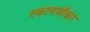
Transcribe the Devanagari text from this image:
स्कायवॉकर